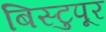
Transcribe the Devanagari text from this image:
बिस्टुपूर